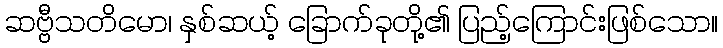
ဆဗ္ဗီသတိမော၊ နှစ်ဆယ့် ခြောက်ခုတို့၏ ပြည့်ကြောင်းဖြစ်သော။